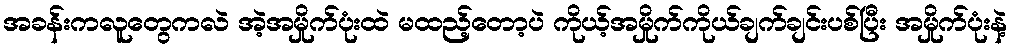
အခန်းကလူတွေကလဲ အဲ့အမှိုက်ပုံးထဲ မထည့်တော့ပဲ ကိုယ့်အမှိုက်ကိုယ်ချက်ချင်းပစ်ပြီး အမှိုက်ပုံးနဲ့